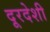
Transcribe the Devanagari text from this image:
दूरदेशी